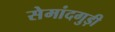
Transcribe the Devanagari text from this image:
सेमांदगुड़ी